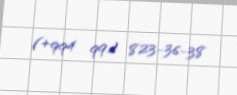
(+994 99) 823-36-38